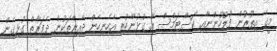
މީގެ އިތުރުން ފުލުހުންނާއި ކަސްޓަމްސް އާ ގުޅުންހުރި އެހެނިހެން ދާއިރާތަކުން ދެފަރާތް ގުޅިގެން